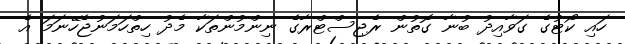
ހައި ކޯޓުގެ ގަވާއިދު ބުނާ ގޮތުން ރެޖިސްޓްރާގެ ނިންމުންތަކާ މެދު ހިތްހަމަނުޖެހޭނަމަ އެ